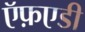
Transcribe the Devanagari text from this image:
ऍफ़एडी